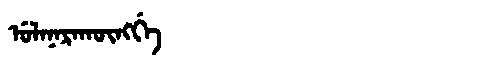
Manchu: ᡠᠯᠠᠨᠠᡵᠠᡴᡡᠩᡤᡝ
Romanization: ULANARAKŪNGGE